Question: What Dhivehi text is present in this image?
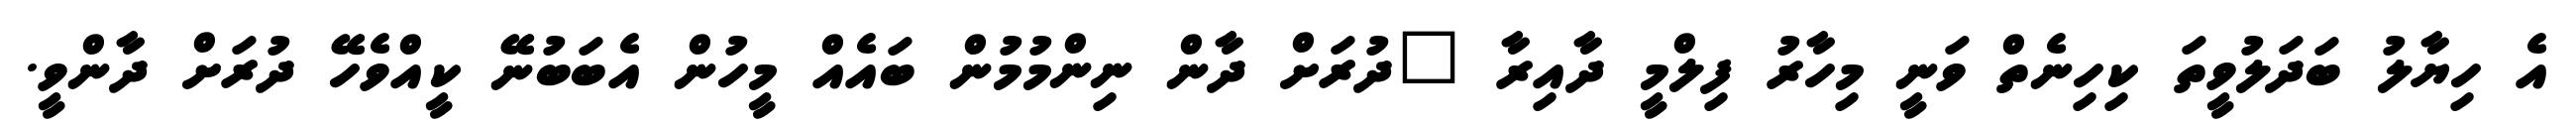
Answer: އެ ހިޔާލު ބަދަލުވީތަ ކިހިނެތް ވަނީ މިހާރު ފިލްމީ ދާއިރާ "ދުރަށް ދާން ނިންމުމުން ބައެއް މީހުން އެބަބުނޭ ކީއްވެހޭ ދުރަށް ދާންވީ.